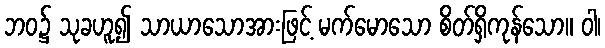
ဘဝ၌ သုခဟူ၍ သာယာသောအားဖြင့် မက်မောသော စိတ်ရှိကုန်သော။ ဝါ၊